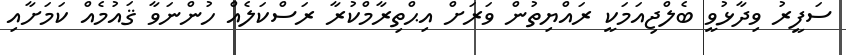
ސަފީރު ވިދާޅުވީ ބެލްޖިއަމަކީ ރައްޔިތުން ވަރަށް އިޙްތިރާމްކުރާ ރަސްކަލެއް ހުންނަވާ ޤައުމެއް ކަމަށާއި